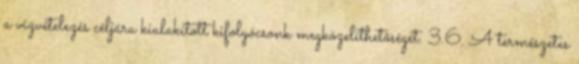
a vízvételezés céljára kialakított kifolyócsonk megközelíthetõségét. 3.6. A természetes